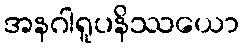
အနဂါရူပနိဿယော